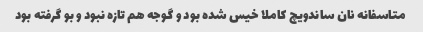
متاسفانه نان ساندویچ کاملا خیس شده بود و گوجه هم تازه نبود و بو گرفته بود